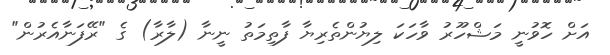
އަށް ހޮވުނީ މަޝްހޫރު ވާހަކަ ލިޔުންތެރިޔާ ފާތިމަތު ނީނާ (ލާރާ) ގެ "ރޭފަނާއެރުން"